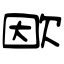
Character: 欭